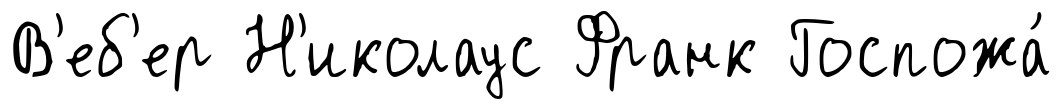
В'еб'ер Н'иколаус Франк Госпожа́